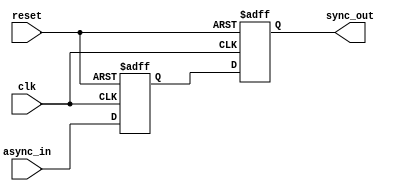
module TwoFF_Metastability_Detector (
    input wire clk,         // Clock signal
    input wire async_in,    // Asynchronous input signal
    input wire reset,       // Optional reset signal
    output reg sync_out     // Synchronized output signal
);

// Internal signals for the first flip-flop
reg ff1_out;              // Output of the first flip-flop

// First flip-flop (FF1)
always @(posedge clk or posedge reset) begin
    if (reset) begin
        ff1_out <= 1'b0;  // Initialize to a known state on reset
    end else begin
        ff1_out <= async_in; // Sample the asynchronous input
    end
end

// Second flip-flop (FF2)
always @(posedge clk or posedge reset) begin
    if (reset) begin
        sync_out <= 1'b0;  // Initialize to a known state on reset
    end else begin
        sync_out <= ff1_out; // Sample the output of FF1
    end
end

endmodule